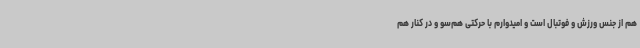
هم از جنس ورزش و فوتبال است و امیدوارم با حرکتی هم‌سو و در کنار هم